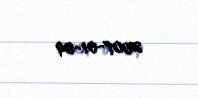
2007-01-09